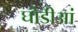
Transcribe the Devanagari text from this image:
घोडीआं